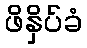
ဖိနှိပ်ခံ